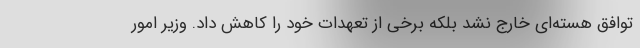
توافق هسته‌ای خارج نشد بلکه برخی از تعهدات خود را کاهش داد. وزیر امور